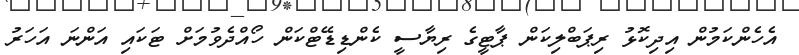
އެހެންކަމުން އިދިކޮޅު ރިޕަބްލިކަން ޕާޓީގެ ރިޔާސީ ކެންޑިޑޭޓްކަން ހޯއްދެވުމަށް ޓަކައި އަންނަ އަހަރު